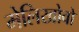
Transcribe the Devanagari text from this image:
मेलिखोवो